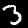
Label: 3